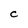
Character: C